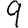
Digit: 9